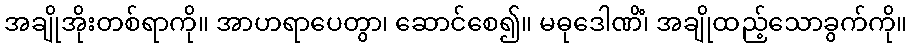
အချိုအိုးတစ်ရာကို။ အာဟရာပေတွာ၊ ဆောင်စေ၍။ မဓုဒေါဏိံ၊ အချိုထည့်သောခွက်ကို။